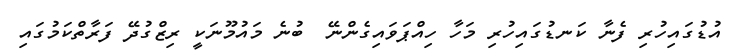
އުޑުގައިހުރި ފެނާ ކަނޑުގައިހުރި މަހާ ހިއްޕަވައިގެންނޭ  ބުނެ މައުމޫނަކީ ރިޒްގުދޭ ފަރާތްކަމުގައި